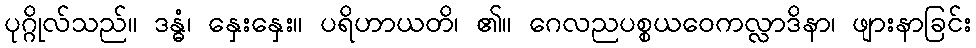
ပုဂ္ဂိုလ်သည်။ ဒန္ဓံ၊ နှေးနှေး။ ပရိဟာယတိ၊ ၏။ ဂေလညပစ္စယဝေကလ္လာဒိနာ၊ ဖျားနာခြင်း